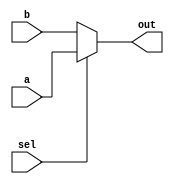
module ConditionalAssignment (
    input wire [3:0] a,      // 4-bit input signal a
    input wire [3:0] b,      // 4-bit input signal b
    input wire sel,          // 1-bit select signal
    output wire [3:0] out    // 4-bit output signal
);

// Continuous assignment using the ternary operator
assign out = (sel) ? a : b; // If sel is true, assign a to out; otherwise, assign b

endmodule